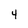
Character: 4